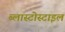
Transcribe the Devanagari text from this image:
ब्लास्टोस्टाइल